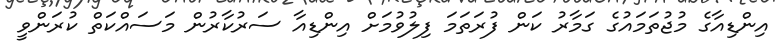
އިންޑިއާގެ މުޖުތަމައުގެ ގަމާރު ކަން ފުރަތަމަ ފިލުވުމަށް އިންޑިއާ ސަރުކާރުން މަސައްކަތް ކުރަންވީ